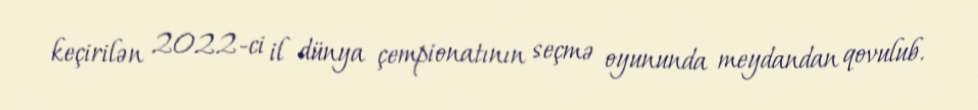
keçirilən 2022-ci il dünya çempionatının seçmə oyununda meydandan qovulub.